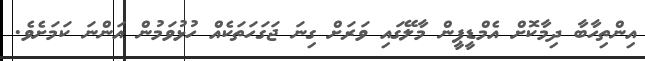
އިންތިހާބާ ދިމާކޮށް އެމްޑީޕީން މާލޭގައި ވަރަށް ގިނަ ޖަގަހަތަކެއް ހުޅުވަމުން އަންނަ ކަމަށެވެ.